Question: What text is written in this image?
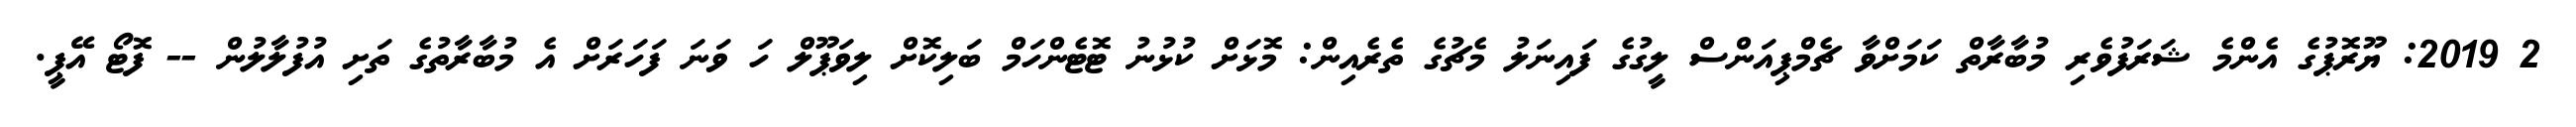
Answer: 2 2019: ޔޫރޮޕުގެ އެންމެ ޝަރަފުވެރި މުބާރާތް ކަމަށްވާ ޗެމްޕިއަންސް ލީގުގެ ފައިނަލު މެޗުގެ ތެރެއިން: މޮޅަށް ކުޅުނު ޓޮޓެންހަމް ބަލިކޮށް ލިވަޕޫލް ހަ ވަނަ ފަހަރަށް އެ މުބާރާތުގެ ތަށި އުފުލާލުން -- ފޮޓޯ އޭޕީ.